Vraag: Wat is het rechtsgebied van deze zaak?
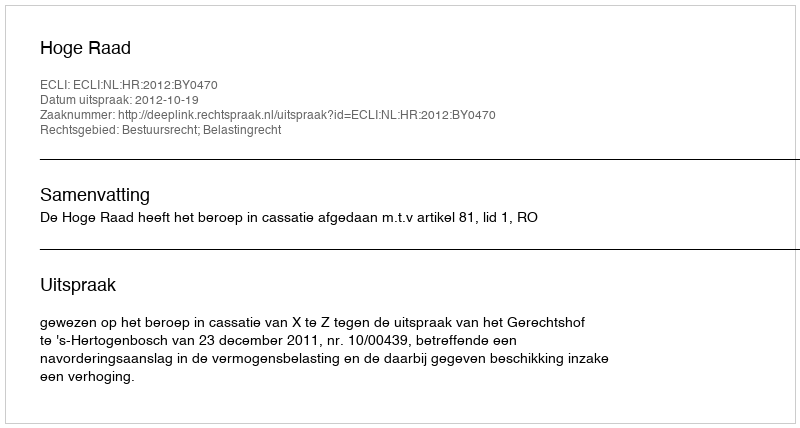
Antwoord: Bestuursrecht; Belastingrecht